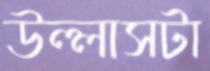
উল্লাসটা